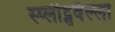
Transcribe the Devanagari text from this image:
स्प्लीट्सवैल्ला